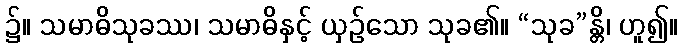
၌။ သမာဓိသုခဿ၊ သမာဓိနှင့် ယှဉ်သော သုခ၏။ “သုခ”န္တိ၊ ဟူ၍။